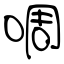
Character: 啁